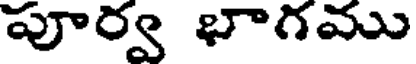
పూర్వ భాగము